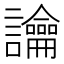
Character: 讑